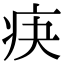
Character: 疦